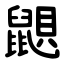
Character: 鼰